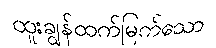
ထူးချွန်ထက်မြက်သော